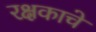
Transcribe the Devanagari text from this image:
रक्षकाचे